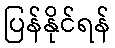
ပြန်နိုင်ရန်